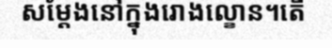
សម្តែងនៅក្នុងរោងល្ខោន។តើ